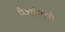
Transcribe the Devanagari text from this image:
पैशांमध्ये